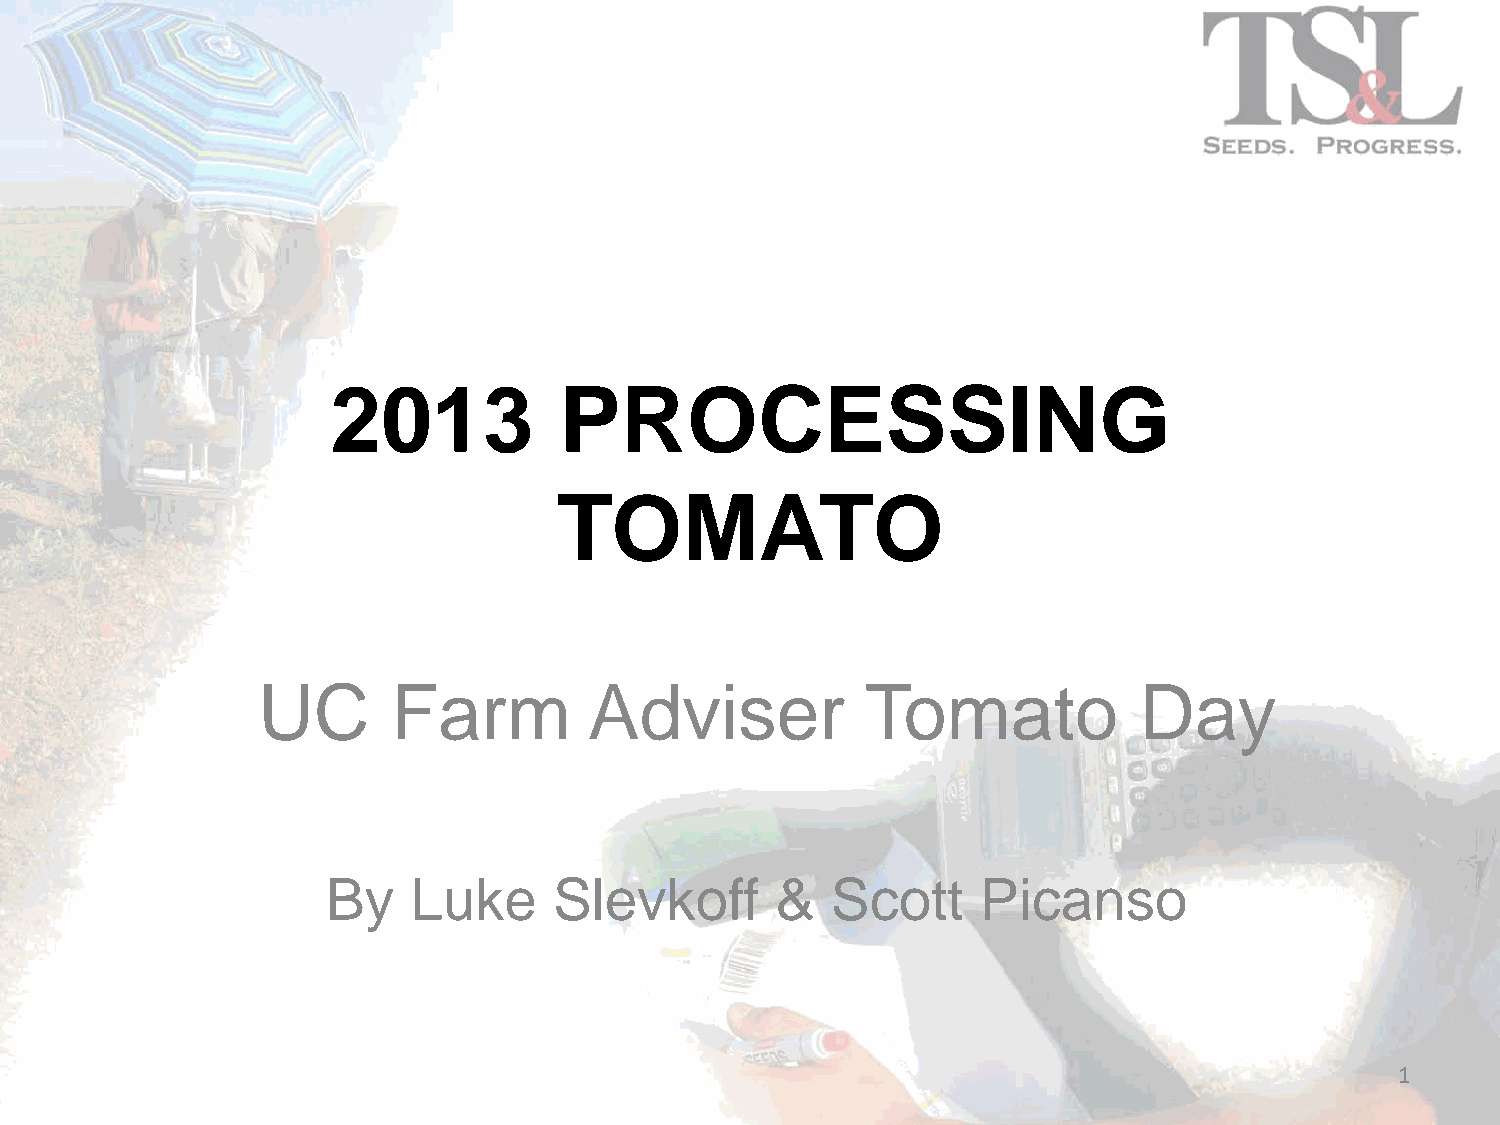
2013           PROCESSING
 TOMATO
 UC       Farm         Adviser           Tomato            Day
 By   Luke      Slevkoff      &   Scott     Picanso
 1